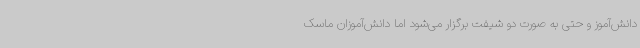
دانش‌آموز و حتی به صورت دو شیفت برگزار می‌شود اما دانش‌آموزان ماسک